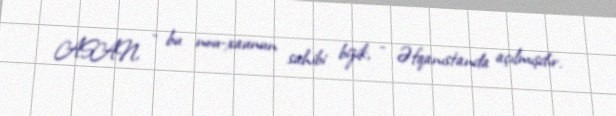
ASAN, - bu nou-xaunun sahibi bizik, - Əfqanıstanda açılmışdır.